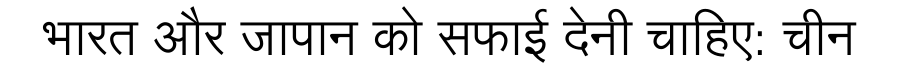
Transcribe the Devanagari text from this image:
भारत और जापान को सफाई देनी चाहिए: चीन